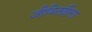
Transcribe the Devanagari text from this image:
जीवितहिंसा